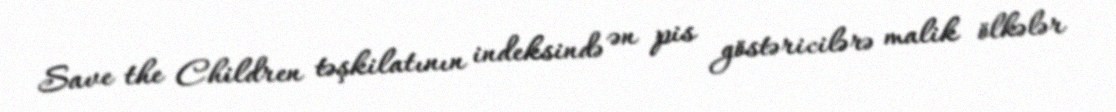
Save the Children təşkilatının indeksində ən pis göstəricilərə malik ölkələr